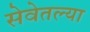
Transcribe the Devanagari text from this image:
सेवेतल्या